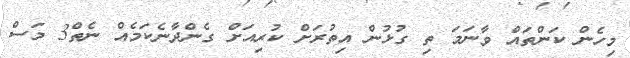
މިހެން ކަންތައް ވާނަމަ ތި ގުޅުން އިތުރަށް ކުރިއަށް ގެންދާނެކަމެއް ނެތް3 މަސް